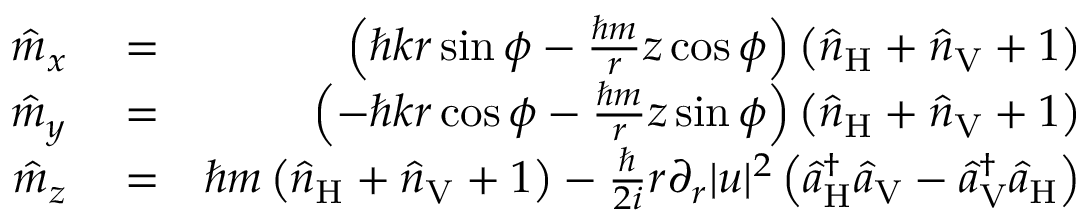
\begin{array} { r l r } { \hat { m } _ { x } } & { { } = } & { \left( \hbar k r \sin \phi - \frac { \hbar m } { r } z \cos \phi \right) \left( \hat { n } _ { \mathrm { H } } + \hat { n } _ { \mathrm { V } } + 1 \right) } \\ { \hat { m } _ { y } } & { { } = } & { \left( - \hbar k r \cos \phi - \frac { \hbar m } { r } z \sin \phi \right) \left( \hat { n } _ { \mathrm { H } } + \hat { n } _ { \mathrm { V } } + 1 \right) } \\ { \hat { m } _ { z } } & { { } = } & { \hbar m \left( \hat { n } _ { \mathrm { H } } + \hat { n } _ { \mathrm { V } } + 1 \right) - \frac { \hbar } { 2 i } r \partial _ { r } | u | ^ { 2 } \left( \hat { a } _ { \mathrm { H } } ^ { \dagger } \hat { a } _ { \mathrm { V } } - \hat { a } _ { \mathrm { V } } ^ { \dagger } \hat { a } _ { \mathrm { H } } \right) } \end{array}